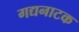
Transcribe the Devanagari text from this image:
गद्यनाटक